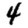
Digit: 4